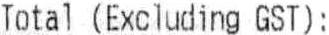
TOTAL (EXCLUDING GST):